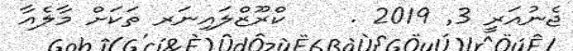
ޖެނުއަރީ 3